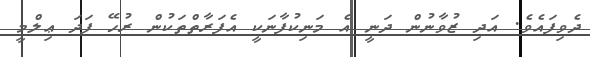
ދެވިފައެވެ. އަދި ޒުވާނުން ދަނީ އެ މަނިކުފާނަކީ އެފަރާތްތަކުން ރުހޭ ފަދަ ޢިލްމީ